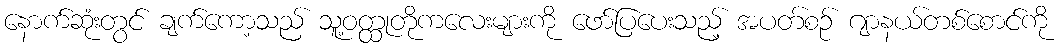
နောက်ဆုံးတွင် ချက်ကော့သည် သူ့ဝတ္ထုတိုကလေးများကို ဖော်ပြပေးသည့် အပတ်စဉ် ဂျာနယ်တစ်စောင်ကို